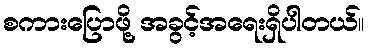
စကားပြောဖို့ အခွင့်အရေးရှိပါတယ်။